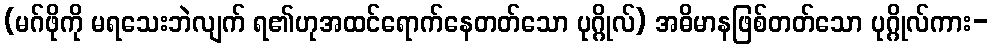
(မဂ်ဖိုကို မရသေးဘဲလျက် ရ၏ဟုအထင်ရောက်နေတတ်သော ပုဂ္ဂိုလ်) အဓိမာနဖြစ်တတ်သော ပုဂ္ဂိုလ်ကား-